Tartu_Muinsuskaitse_Uhendus, lk 8
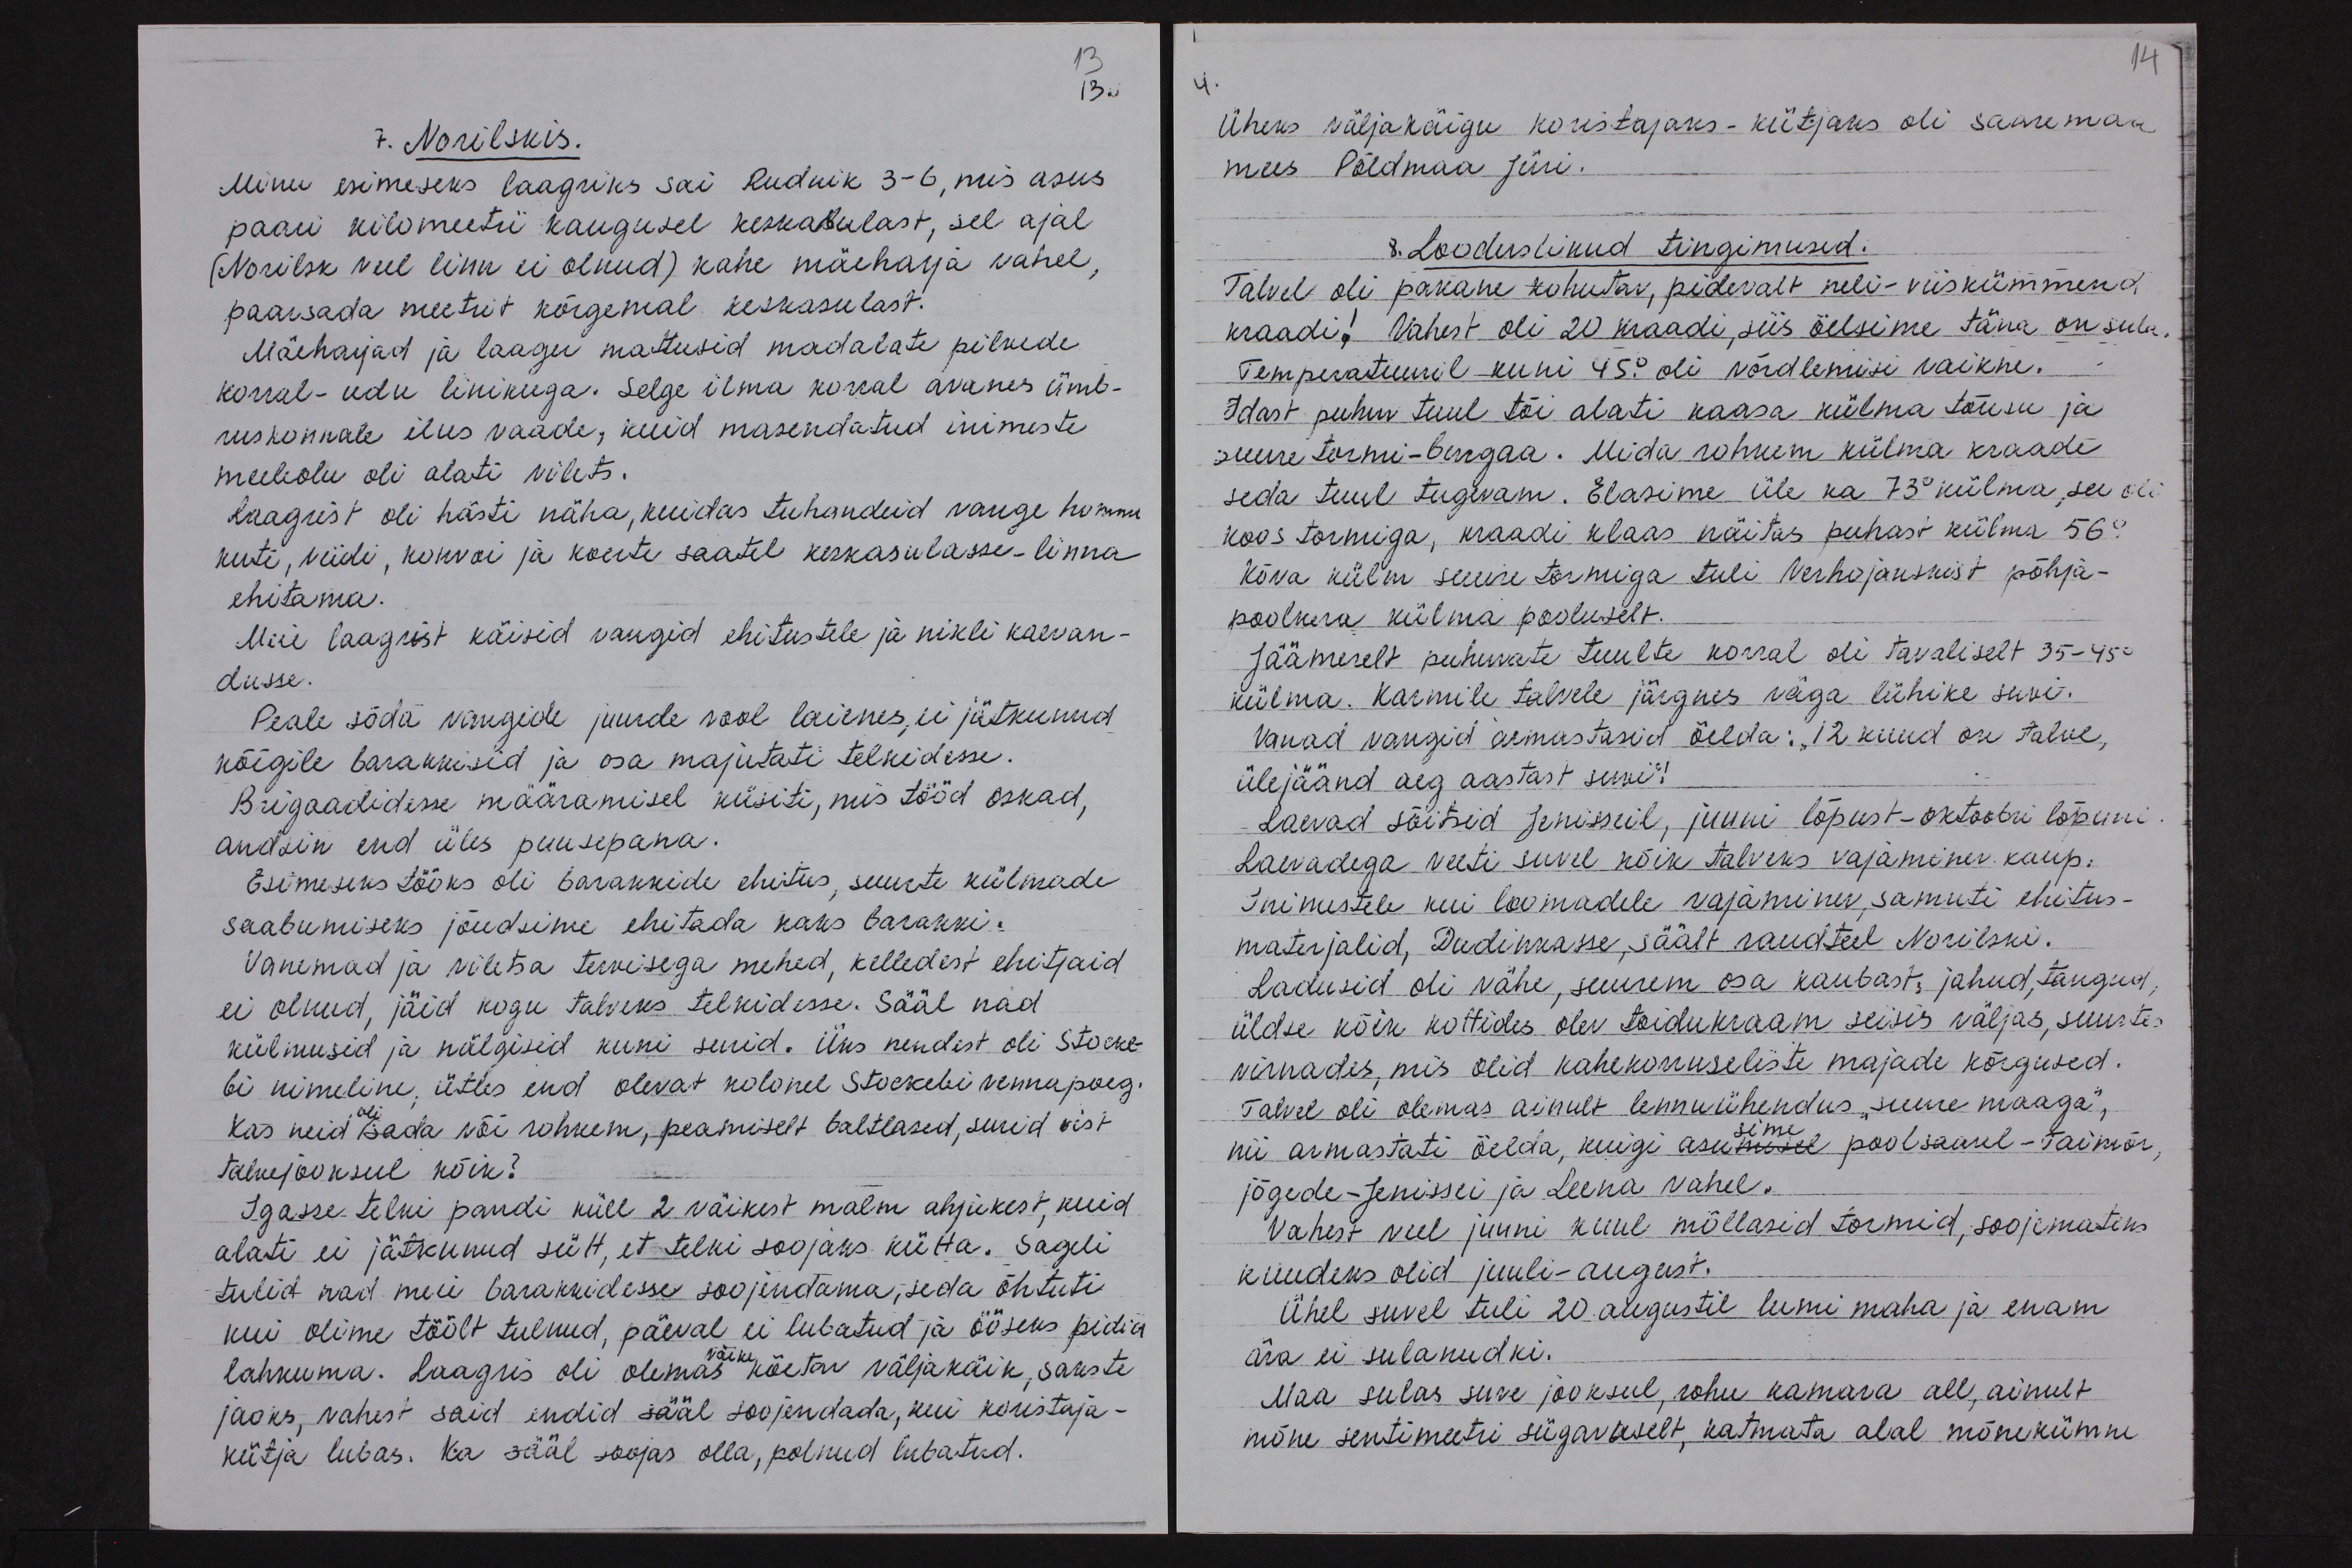
13
13.
7. Norilskis.
Minu esimeseks laagriks sai Rudnik 3-6, mis asus
paari kilomeetri kaugusel keskasulast, sel ajal
(Norilsk veel linn ei olnud) kahe mäeharja vahel,
paarsada meetrit kõrgemal keskasulast.
Mäeharjad ja laager mattusid madalate pilvede
korral-udu linikuga. Selge ilma korral avanes ümb-
ruskonnale ilus vaade, kuid masendatud inimeste
meeleolu oli alati vilets.
Laagrist oli hästi näha, kuidas tuhandeid vange hommi
kuti, viidi, konvoi ja koerte saatel keskasulasse-linna
ehitama.
Meie laagrist käisid vangid ehitustele ja nikli kaevan-
dusse.
Peale sõda vangide juurde vool laienes, ei jätkunud
kõigile barakkisid ja osa majutati telkidesse.
Brigaadidesse määramisel küsiti, mis tööd oskad,
andsin end üles puusepana
Esimeseks tööks oli barakkide ehitus, suurte külmade
saabumiseks jõudsime ehitada kaks barakki.
Vanemad ja viletsa tervisega mehed, kelledest ehitjaid
ei olnud, jäid kogu talveks telkidesse. Sääl nad
külmusid ja nälgisid kuni surid. Üks nendest oli Stocke-
bi nimeline, ütles end olevat kolonel Stockebi vennapoeg.
Kas neid sada või rohkem, peamiselt baltlased, surid vist
talvejooksul kõik?
Igasse telki pandi küll 2 väikest malm ahjukest, kuid
alati ei jätkunud sütt, et telki soojaks kütta. Sageli
tulid nad meie barakkidesse soojendama, seda õhtuti
kui olime töölt tulnud, päeval ei lubatud ja ööseks pidid
lahkuma. Laagris oli olemas köetav väljakäik, sakste
väike
jaoks, vahest said endid sääl soojendada, kui koristaja-
kütja lubas. Ka sääl soojas olla, polnud lubatud.

14
Üheks väljakäigu koristajaks-kütjaks oli Saaremaa
mees Põldmaa Jüri.
8. Looduslikud tingimused.
Talvel oli pakane kohutav, pidevalt neli-viiskümmend
kraadi! Vahest oli 20 kraadi, siis öelsime täna on sula.
Temperatuuril kuni 45° oli võrdlemisi vaikne.
Idast puhuv tuul tõi alati kaasa külma tõusu ja
suure tormi-burgaa. Mida rohkem külma kraade
seda tuul tugevam. Elasime üle ka 73° külma, see oli
koos tormiga, kraadi klaas näitas puhast külma 56°
Kõva külm suure tormiga tuli Verhojanskist põhja-
poolkera külma pooluselt.
Jäämerelt puhuvate tuulte korral oli tavaliselt 35-45°-
külma. Karmile talvele järgnes väga lühike suvi.
Vanad vangid armastasid öelda: „12 kuud on talve,
ülejäänd aeg aastast suvi"!
Laevad sõitsid Jenisseil, juuni lõpust-oktoobri lõpuni
Laevadega veeti suvel kõik talveks vajaminev kaup.
Inimestele kui loomadele vajaminev, samuti ehitus-
materjalid, Dudinkasse, säält raudteel Norilski.
Ladusid oli vähe, suurem osa kaubast, jahud, tangud,
üldse kõik kottides olev toidukraam seisis väljas, suurtes
virnades, mis olid kahekorruseliste majade kõrgused.
Talvel oli olemas ainult lennuühendus "suure maaga",
nii armastati öelda, kuigi asumisel poolsaarel - Taimõr,
jõgede-Jenissei ja Leena vahel.
Vahest veel juuni kuul möllasid tormid, soojemateks
kuudeks olid juuli-august.
Ühel suvel tuli 20. augustil lumi maha ja enam
ära ei sulanudki.
Maa sulas suve jooksul, rohu kamara all, ainult
mõne sentimeetri sügavuselt, katmata alal mõnekümne